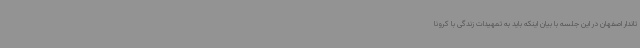
تاندار اصفهان در این جلسه با بیان اینکه باید به تمهیدات زندگی با کرونا